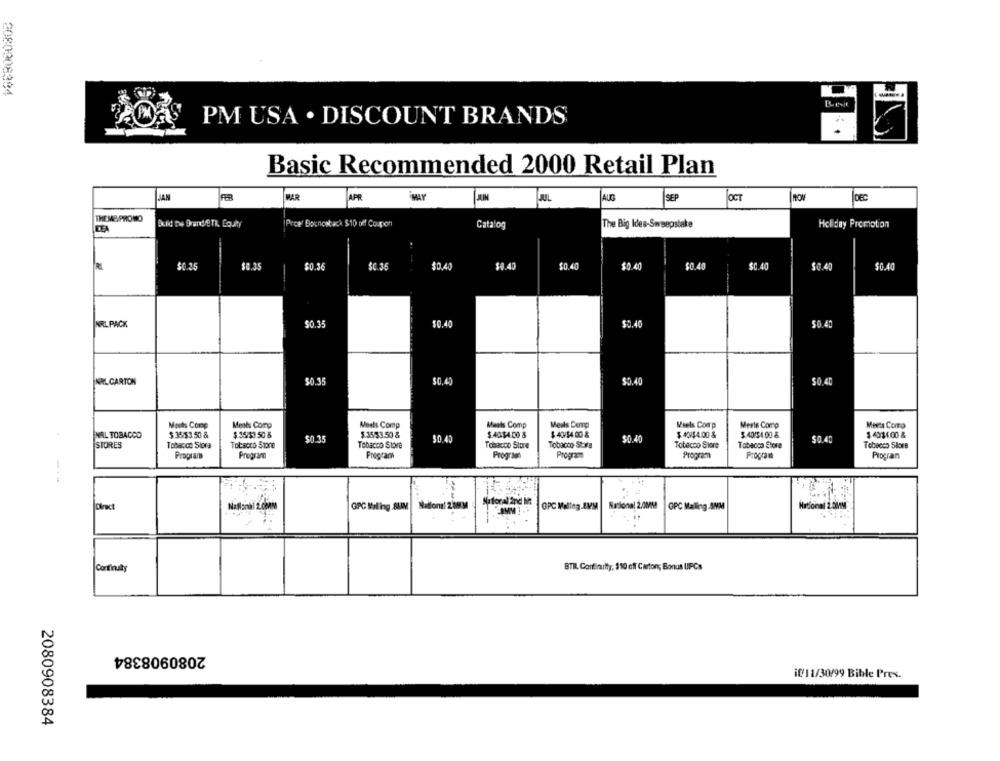
PM USA . DISCOUNT BRANDS
Basic Recommended 2000 Retail Plan
JAN
MAR
APP
AUG
SEP
OCT
DEC
THE ME PROMO
DEA
Proe' Bouncetack $10 off Coupon
Catalog
The Big Idea-Sweepstake
Holiday Promotion
-
20.25
$0.35
$0.40
$0.40
$0.4.
30 40
$0.40
$0.40
50.40
$0.40
---
WIRL PACK
$0.35
50.40
$0.40
$0.40
NRLCARTON
50.35
50.45
35.4
$0.40
Mots Coup
Meshs Comp
Meets Comp
Maats Comp
Meils Comp
Veels Comp
Merle Comp
Meets Como
NRL TOBACCO
$ 35:53.50 &
$ 35/13.50 8
$ 35/53.50 &
$40-54.00 &
$ 47/54.00 &
$ 40/54.00 &
$ 40/54 00 &
$ 4034.00 &
40.35
$0.45
$0.40
$0.40
STORES
Tobacco Siora
Tobacco Store
Tobacco Store
Tobacco Store
Tobacco Styre
Totecco Store
Tobacco Store
Tobeces Slors
Program
Program
Program
Program
Program
Program
Program
Plogran
-.-
Natoral and MR
Natland1 2.0MM
GPC Mall ing .BLIM
Nations! 2 0MM
GPC Maling.AVM | Rational 2.0MM
OPC Mailing .ANM
tional 2.00
...
Continuity
BTIL Continuity; $10 off Carton; Bonus UPCs
2080908384
if/11/30/99 Bible Pres.
2080908384